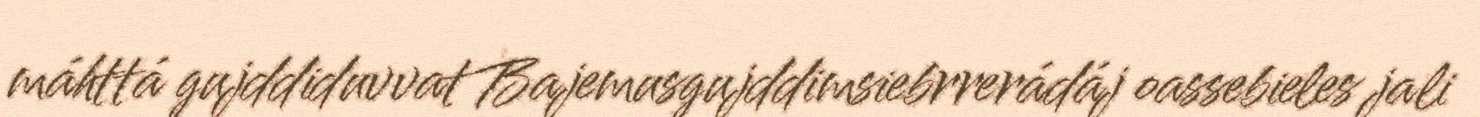
máhttá gujddiduvvat Bajemusgujddimsiebrrerádáj oassebieles jali